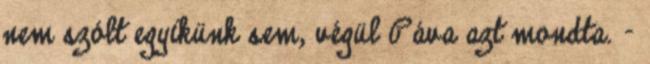
nem szólt egyikünk sem, végül Páva azt mondta. -